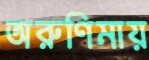
অরুণিমায়